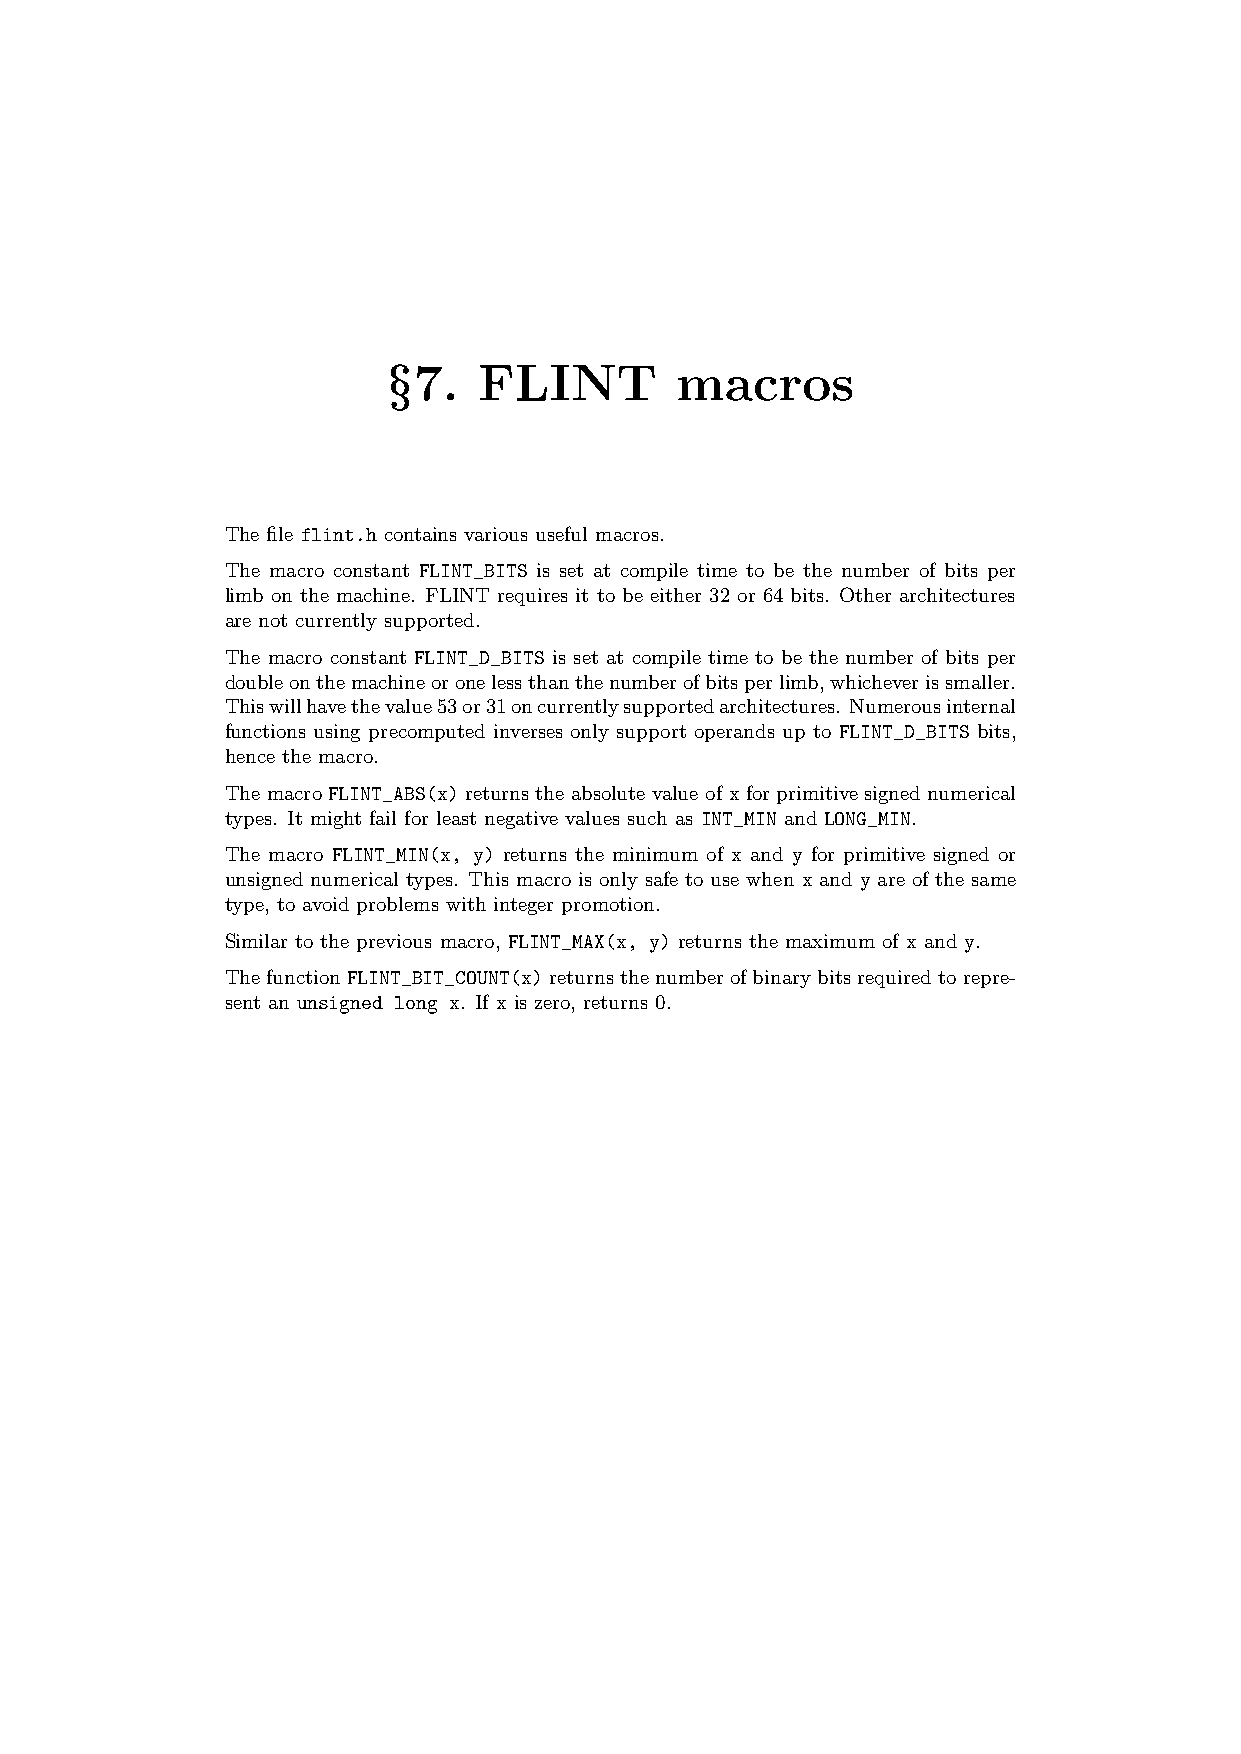
§7.   FLINT        macros
 The file flint.h contains various useful macros.
 The macro constant FLINT_BITS is set at compile time to be the number of bits per
 limb on the machine. FLINT requires it to be either 32 or 64 bits. Other architectures
 are not currently supported.
 The macro constant FLINT_D_BITS is set at compile time to be the number of bits per
 doubleonthemachineoronelessthanthenumberofbitsperlimb,whicheverissmaller.
 Thiswillhavethevalue53or31oncurrentlysupportedarchitectures. Numerousinternal
 functions using precomputed inverses only support operands up to FLINT_D_BITS bits,
 hence the macro.
 The macro FLINT_ABS(x) returns the absolute value of x for primitive signed numerical
 types. It might fail for least negative values such as INT_MIN and LONG_MIN.
 The macro FLINT_MIN(x, y) returns the minimum of x and y for primitive signed or
 unsigned numerical types. This macro is only safe to use when x and y are of the same
 type, to avoid problems with integer promotion.
 Similar to the previous macro, FLINT_MAX(x, y) returns the maximum of x and y.
 The function FLINT_BIT_COUNT(x) returns the number of binary bits required to repre-
 sent an unsigned long x. If x is zero, returns 0.